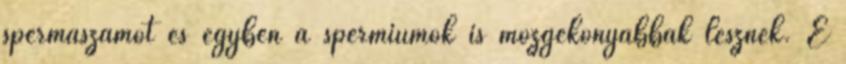
spermaszámot és egyben a spermiumok is mozgékonyabbak lesznek. E